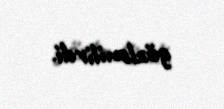
gözlənilirdi.